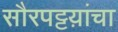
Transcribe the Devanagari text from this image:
सौरपट्टय़ांचा